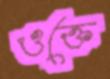
ওক্তে